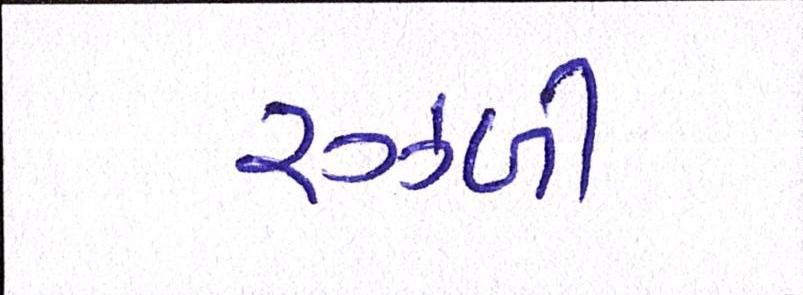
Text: રઝ્ળી